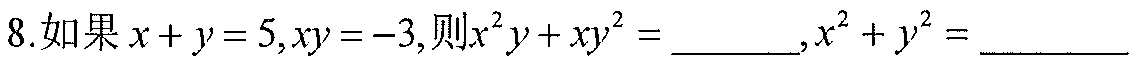
8.如果\(x + y = 5,xy=-3,\)则\(x^{2}y+xy^{2}=\underline{\quad\quad},x^{2}+y^{2}=\underline{\quad\quad}\)